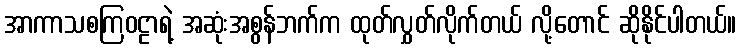
အာကာသစကြဝဠာရဲ့ အဆုံးအစွန်ဘက်က ထုတ်လွှတ်လိုက်တယ် လို့တောင် ဆိုနိုင်ပါတယ်။